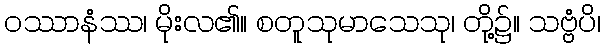
ဝဿာနံဿ၊ မိုးလ၏။ စတူသုမာသေသု၊ တို့၌။ သဗ္ဗံပိ၊